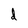
Character: d